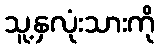
သူ့နှလုံးသားကို